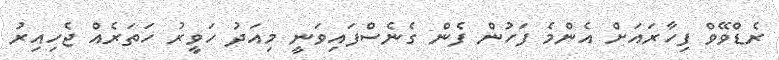
ރެޑްވޭވް ފިހާރައަށް އެންމެ ފަހުން ފެން ގެނެސްފައިވަނީ މިއަދު ހަވީރު ހަތަރެއް ޖެހިއިރު